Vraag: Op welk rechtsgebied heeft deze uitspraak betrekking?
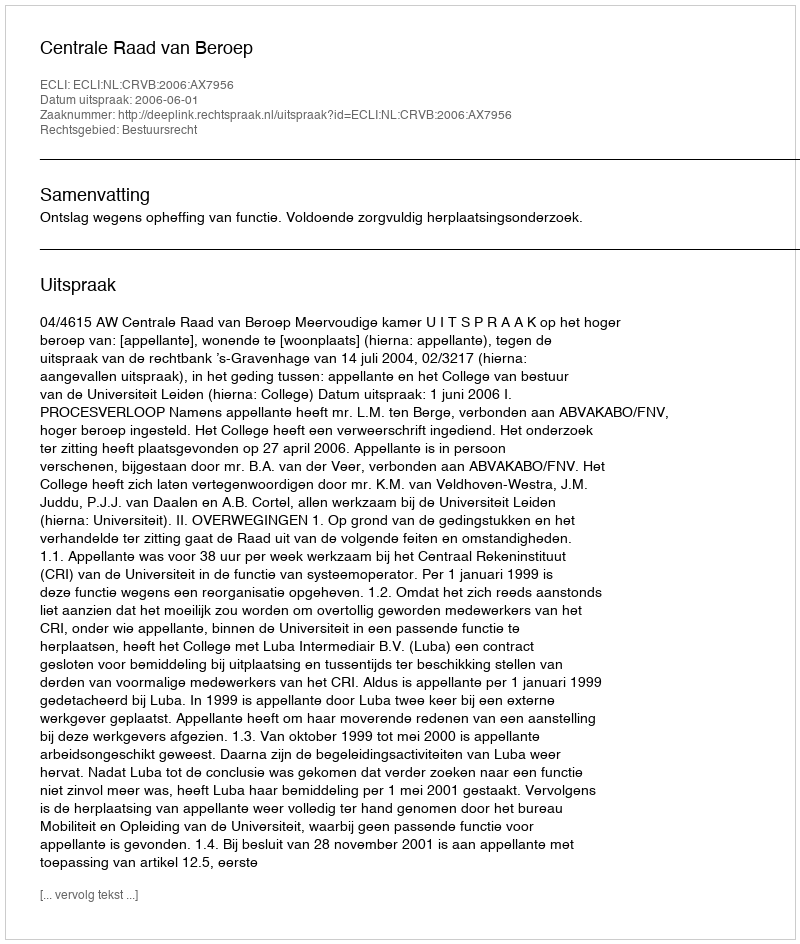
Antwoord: Bestuursrecht